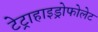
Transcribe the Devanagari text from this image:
टेट्राहाइड्रोफोलेट